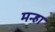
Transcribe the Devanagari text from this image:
मन्हा